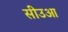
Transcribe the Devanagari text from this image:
सीउआ